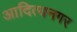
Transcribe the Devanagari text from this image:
आदित्यनगर